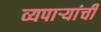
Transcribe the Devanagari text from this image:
व्यपाऱ्यांची